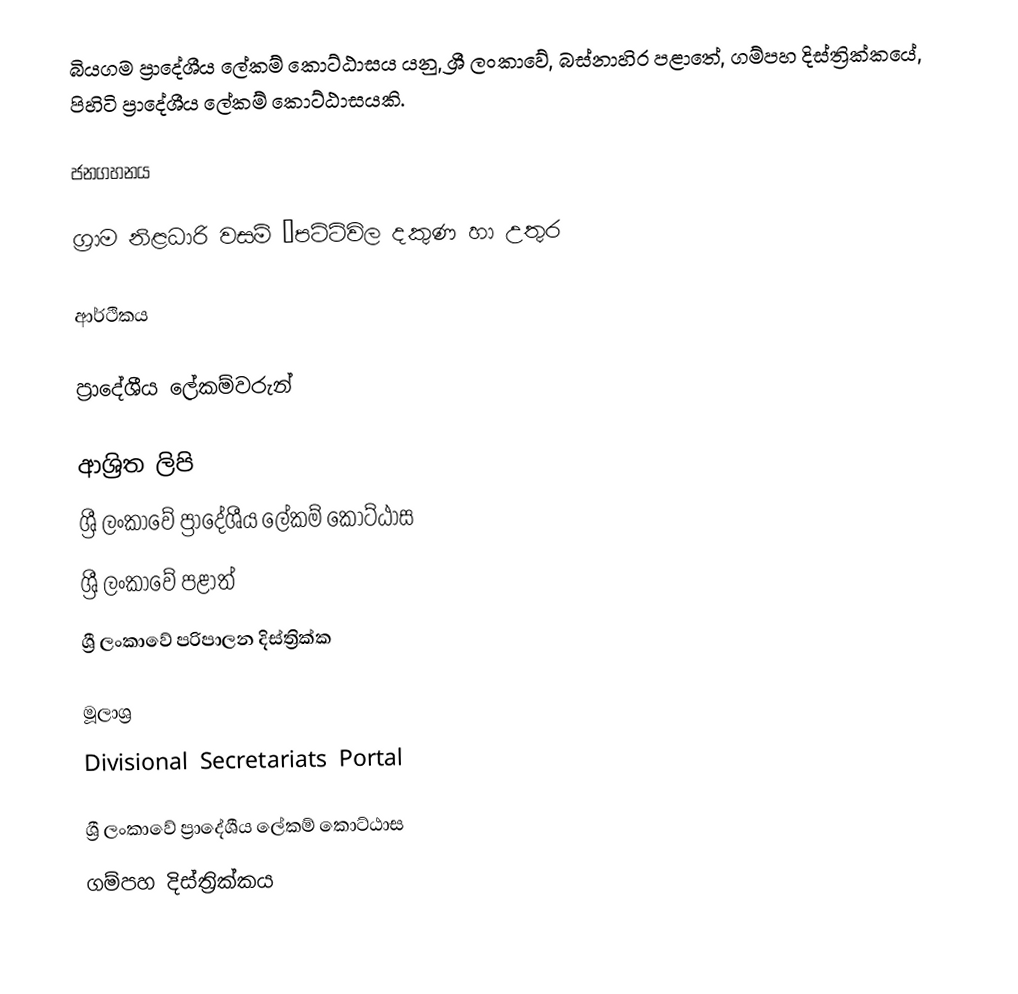
බියගම ප්‍රාදේශීය ලේකම් කොට්ඨාසය යනු,  ශ්‍රී ලංකාවේ, බස්නාහිර පළාතේ,   ගම්පහ දිස්ත්‍රික්කයේ, පිහිටි ප්‍රාදේශීය ලේකම් කොට්ඨාසයකි.

ජනගහනය

ග්‍රාම නිළධාරි වසම්                               •පට්ටිවිල දකුණ හා උතුර

ආර්ථිකය

ප්‍රාදේශීය ලේකම්වරුන්

ආශ්‍රිත ලිපි
ශ්‍රී ලංකාවේ ප්‍රාදේශීය ලේකම් කොට්ඨාස
ශ්‍රී ලංකාවේ පළාත්
ශ්‍රී ලංකාවේ පරිපාලන දිස්ත්‍රික්ක

මූලාශ්‍ර
 Divisional Secretariats Portal

ශ්‍රී ලංකාවේ ප්‍රාදේශීය ලේකම් කොට්ඨාස
ගම්පහ දිස්ත්‍රික්කය